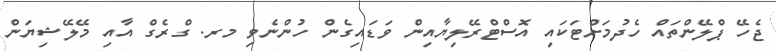
ޖެހޭ ޕްލޭންތައް ހެދުމަށްޓަކައި އޮސްޓްރޭލިޔާއިން ވަޑައިގެން ހުންނެވި މރ. ގްރެގް އާއި މޭލޭޝިޔަން